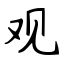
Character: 观